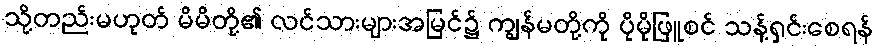
သို့တည်းမဟုတ် မိမိတို့၏ လင်သားများအမြင်၌ ကျွန်မတို့ကို ပိုမိုဖြူစင် သန့်ရှင်းစေရန်